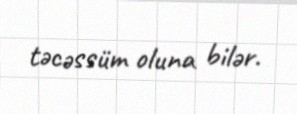
təcəssüm oluna bilər.